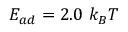
E _ { a d } = 2 . 0 ~ k _ { B } T